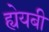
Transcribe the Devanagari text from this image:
ह्येयबी